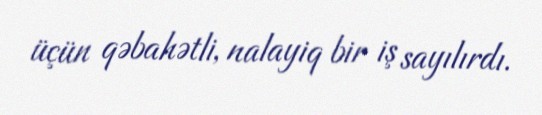
üçün qəbahətli, nalayiq bir iş sayılırdı.